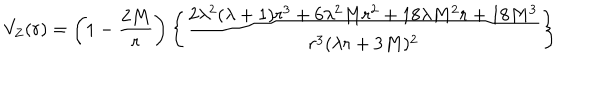
LaTeX: V _ { \mathrm { Z } } ( r ) = \left( 1 - { \frac { 2 M } { r } } \right) \left\{ \frac { 2 \lambda ^ { 2 } ( \lambda + 1 ) r ^ { 3 } + 6 \lambda ^ { 2 } M r ^ { 2 } + 1 8 \lambda M ^ { 2 } r + 1 8 M ^ { 3 } } { r ^ { 3 } ( \lambda r + 3 M ) ^ { 2 } } \right\}